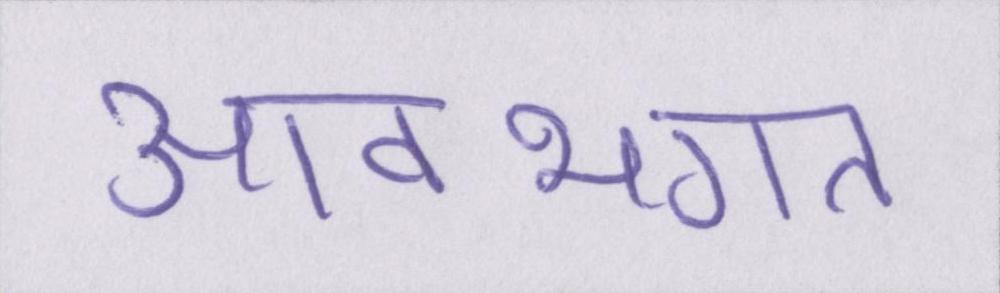
आवभगत